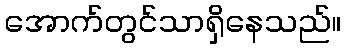
အောက်တွင်သာရှိနေသည်။